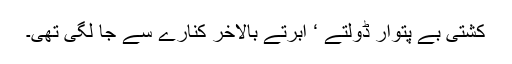
کشتی بے پتوار ڈولتے ‘ ابرتے بالآخر کنارے سے جا لگی تھی۔